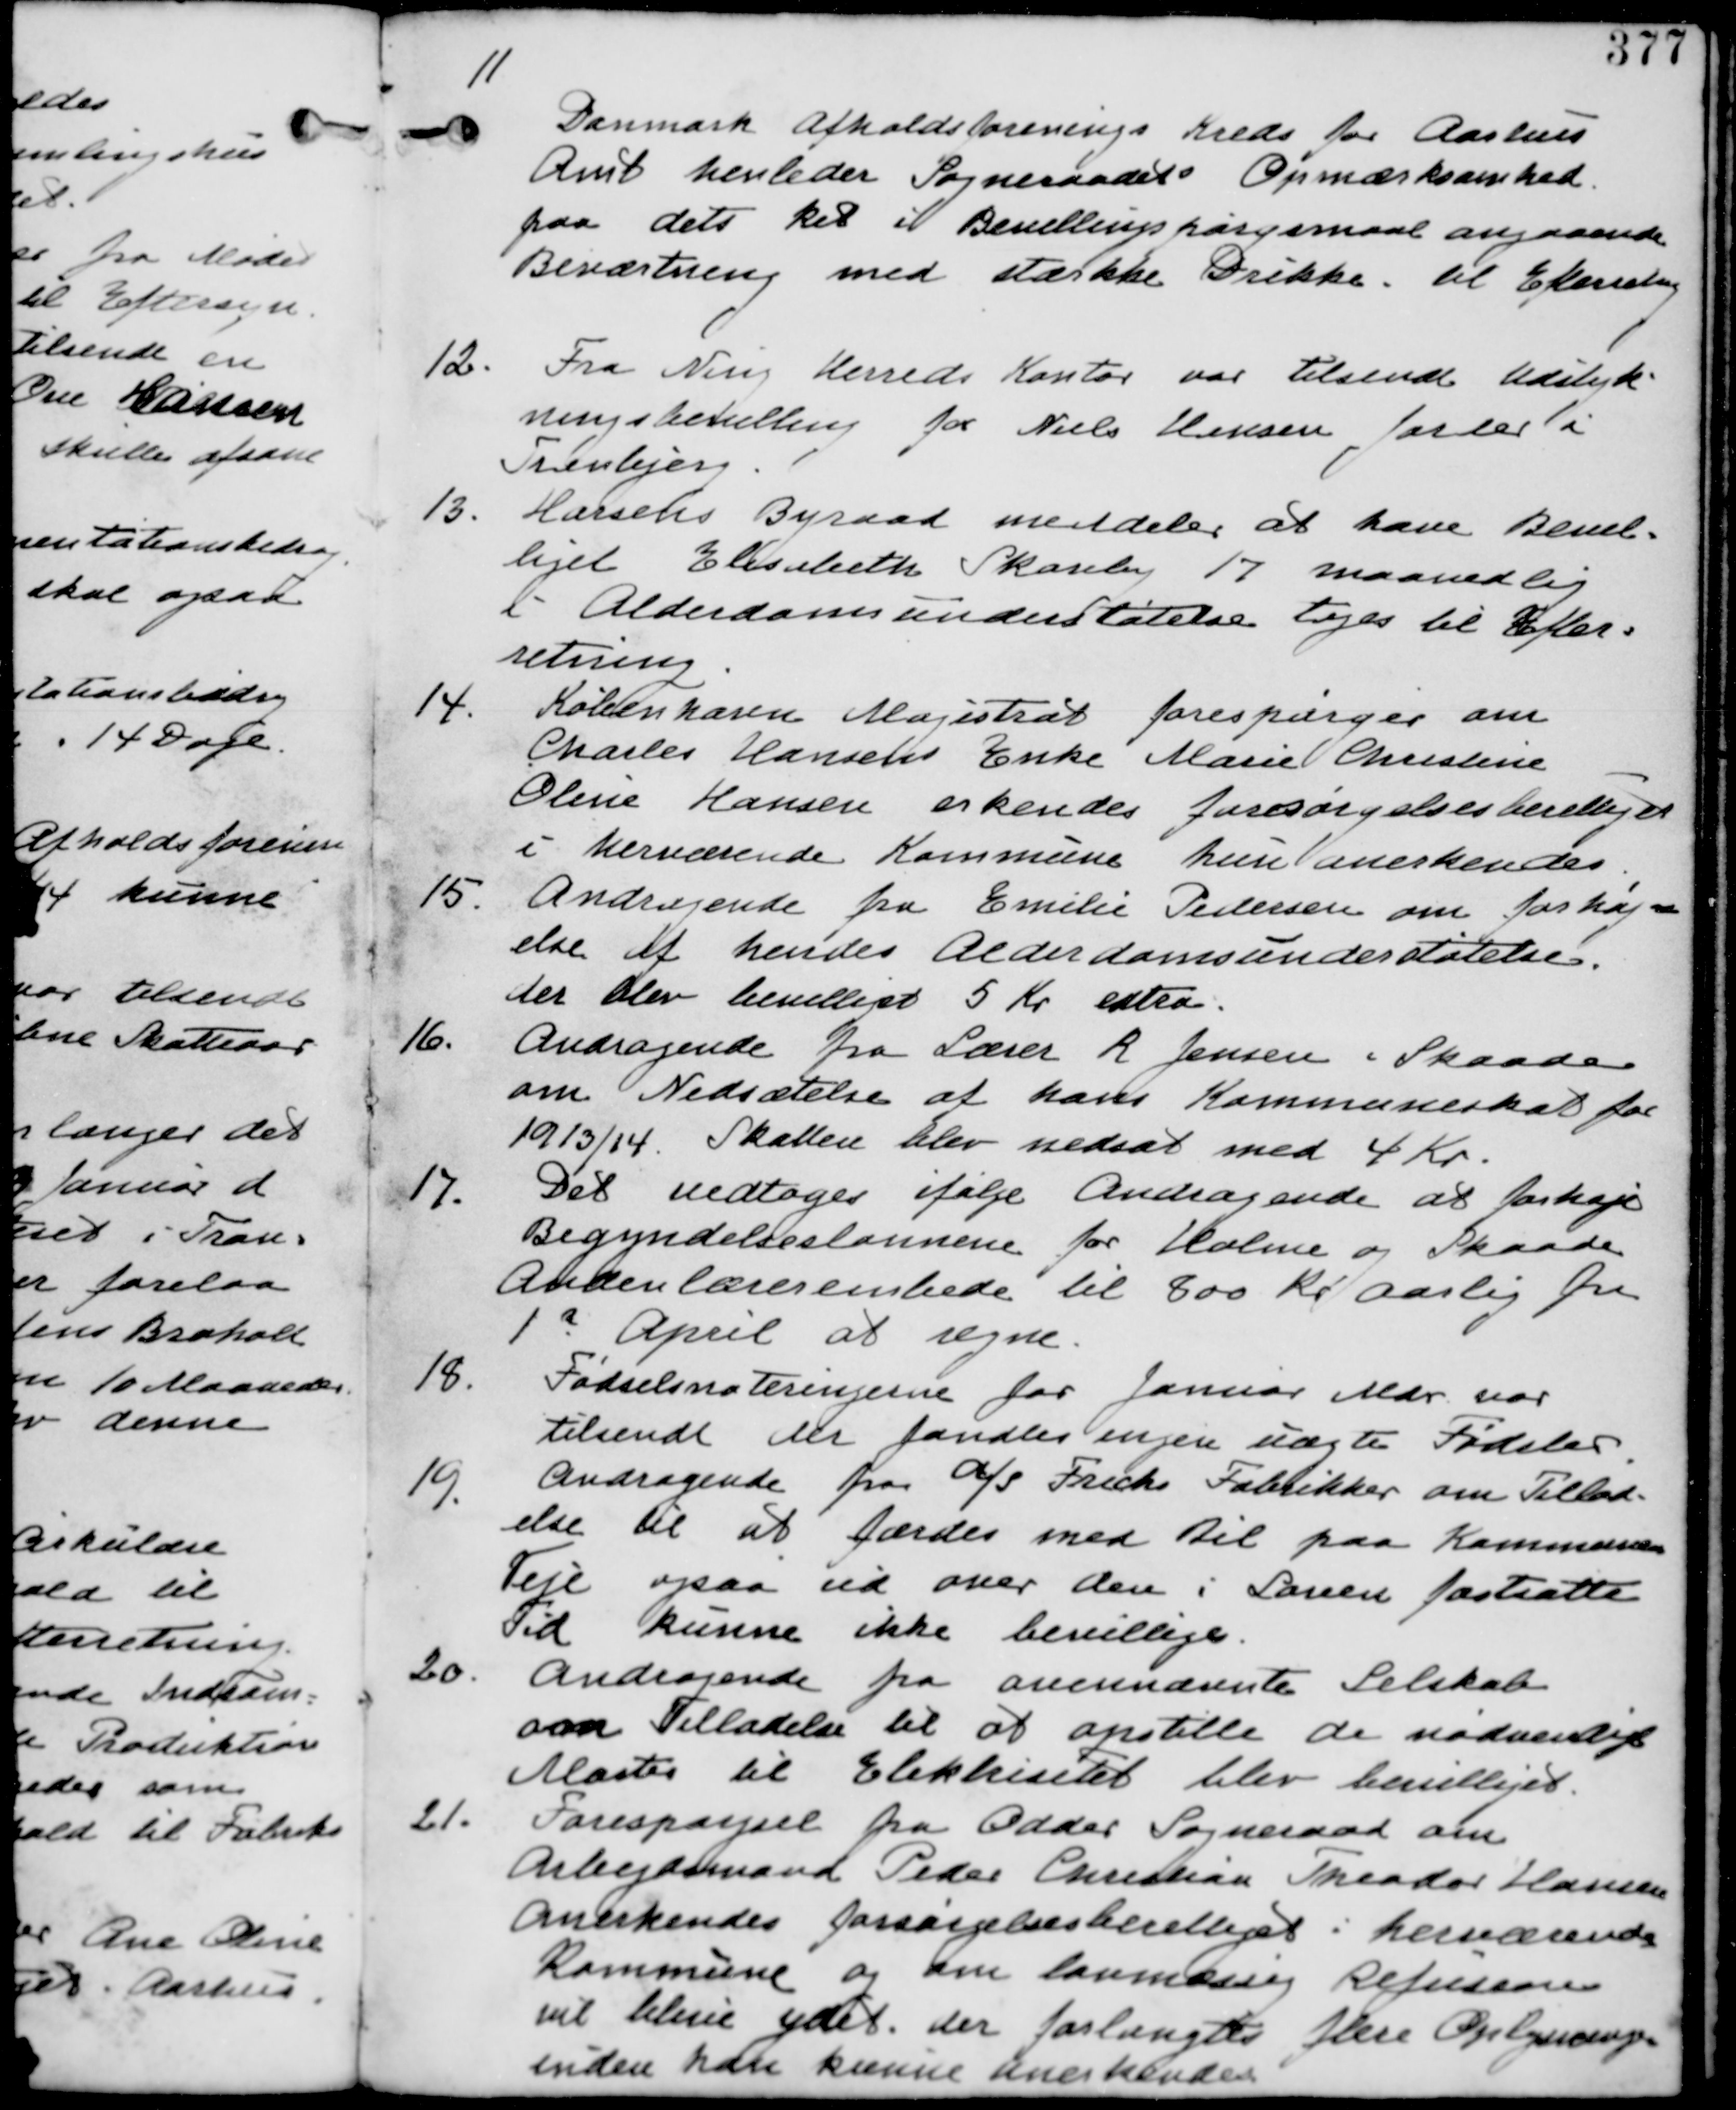
Transskription:
11
Danmark Afholdsforenings Kreds for Aarhus
Amt henleder Sogneraadets Opmærksomhed
paa dets Ret i Bevillingspørgsmaal angaaende
Beværtning med stærke Drikke. til Efterretning

12.
Fra Ning Herreds Kontor var tilsendt Udstyk-
ningsbevilling for Niels Hansen Jorder i
Tranbjerg.

13.
Marselis Byraad meddeler at have Bevil-
liget Elisabeth Skovby 17 maanedlig
i Alderdomsunderstøttelse tages til Efter-
retning.

14.
København Magistrat forespørger om
Charles Hansens Enke Marie Christine
Oline Hansen erkendes forsørgelsesberettiget
i herværende Kommune hun anerkendes.

15.
Andragende fra Emilie Pedersen om forhøj-
else af hendes Alederdomsunderstøttelse.
der blev bevilliget 5 Kr extra

16.
Andragende fra Lærer R Jensen i Skaade
om Nedsættelse af hans Kommuneskat for
1913/14. Skatten blev nedsat med 4 Kr.

17.
Det vedtages ifølge Andragende at forhøje
Begyndelseslønnene for Holme og Skaade
Andenlærerembede til 800 Kr aarlig fra
1. April at regne.

18.
Fødselsnoteringerne for Januar Mdr var
tilsendt der fandtes ingen uægte Fødsler.

19.
Andragende fra a/s Frichs Fabrikker om Tillad-
else til at færdes med Bil paa Kommunens
Veje ogsaa ud over den i Loven fastsatte
Tid kunne ikke bevilliges

20.
Andragende fra ovennævnte Selskab
om Tilladelse til at opstille de nødvendige
Master til Elektrisitet blev bevilliget.

21.
Forespørgsel fra Odder Sogneraad om
Arbejdsmand Peder Christian Theodor Hansen
anerkendes forsørgelsesberettiget i herværende
Kommune og om lovmæssig Refusion
vil blive ydet. der forlangtes flere Oplysninger
inden han kunne anerkendes.